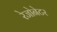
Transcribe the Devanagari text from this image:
रेजोनेटर